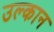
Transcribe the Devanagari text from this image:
उल्कान